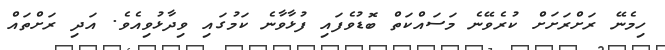
ހިމެނޭ ރަށްރަށަށް ކުރެވޭނެ މަސައްކަތް ބޮޑުވެފައި ފުޅާވާނެ ކަމުގައި ވިދާޅުވިއެވެ. އަދި ރަށްތައް